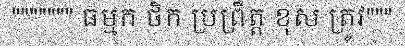
""""""" ធម្មក ថិក ប្រព្រឹត្ត ខុស ត្រូវ"""